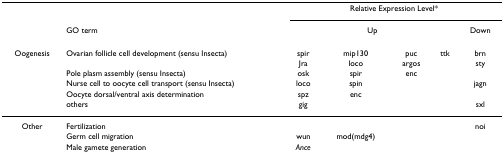
|  |  | <COLSPAN=5> Relative Expression Level* |
 |  | GO term | <COLSPAN=4> Up | Down |
 | --- | --- | --- | --- | --- | --- | --- |
 | Oogenesis | Ovarian follicle cell development (sensu Insecta) | spir | mip130 | puc | ttk | brn |
 |  |  | Jra | loco | argos |  | sty |
 |  | Pole plasm assembly (sensu Insecta) | osk | spir | enc |  |  |
 |  | Nurse cell to oocyte cell transport (sensu Insecta) | loco | spin |  |  | jagn |
 |  | Oocyte dorsal/ventral axis determination | spz | enc |  |  |  |
 |  | others | gig |  |  |  | sxl |
 | Other | Fertilization |  |  |  |  | noi |
 |  | Germ cell migration | wun | mod(mdg4) |  |  |  |
 |  | Male gamete generation | Ance |  |  |  |  |